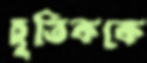
হূতিককে